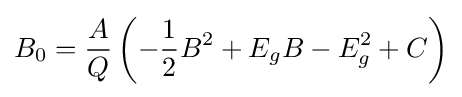
B_{0}={\frac {A}{Q}}\left(-{\frac {1}{2}}B^{2}+E_{g}B-E_{g}^{2}+C\right)